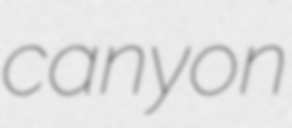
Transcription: canyon